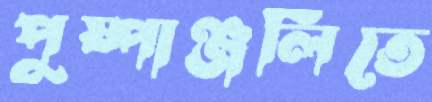
পুষ্পাঞ্জলিতে